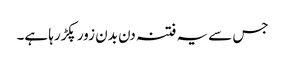
جس سے یہ فتنہ دن بدن زور پکڑرہا ہے۔